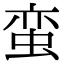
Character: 蛮